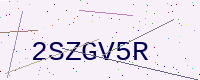
Text: 2SZGV5R